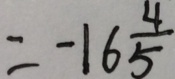
= - 1 6 \frac { 4 } { 5 }